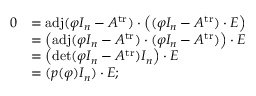
{ \begin{array} { r l } { 0 } & { = \operatorname { a d j } ( \varphi I _ { n } - A ^ { \operatorname { t r } } ) \cdot \left( ( \varphi I _ { n } - A ^ { \operatorname { t r } } ) \cdot E \right) } \\ & { = \left( \operatorname { a d j } ( \varphi I _ { n } - A ^ { \operatorname { t r } } ) \cdot ( \varphi I _ { n } - A ^ { \operatorname { t r } } ) \right) \cdot E } \\ & { = \left( \operatorname* { d e t } ( \varphi I _ { n } - A ^ { \operatorname { t r } } ) I _ { n } \right) \cdot E } \\ & { = ( p ( \varphi ) I _ { n } ) \cdot E ; } \end{array} }